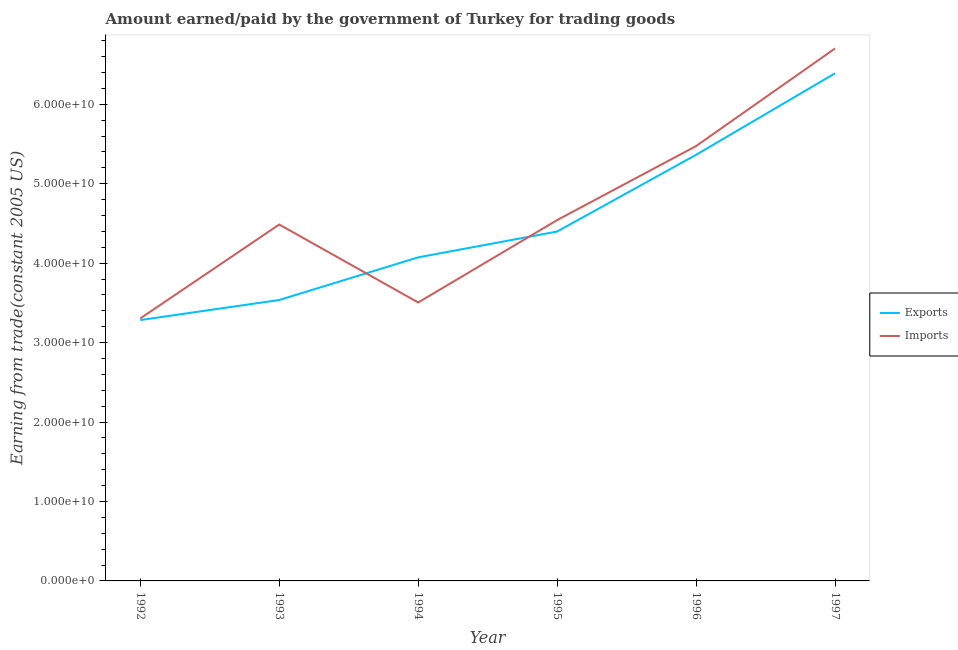
| Year | Exports | Imports |
 | --- | --- | --- |
 | 1992 | 3.28e+10 | 3.3e+10 |
 | 1993 | 3.54e+10 | 4.49e+10 |
 | 1994 | 4.07e+10 | 3.51e+10 |
 | 1995 | 4.4e+10 | 4.54e+10 |
 | 1996 | 5.36e+10 | 5.47e+10 |
 | 1997 | 6.39e+10 | 6.7e+10 |